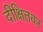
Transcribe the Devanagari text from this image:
दीक्षितवर